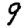
Digit: 9